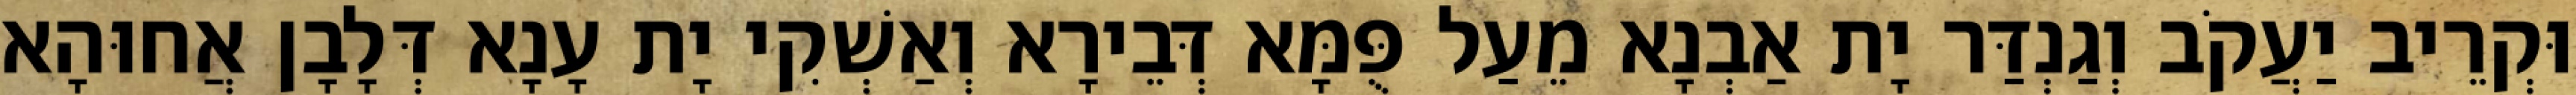
וּקְרֵיב יַעֲקֹב וְגַנְדַּר יָת אַבְנָא מֵעַל פֻּמָּא דְּבֵירָא וְאַשְׁקִי יָת עָנָא דְּלָבָן אֲחוּהָא